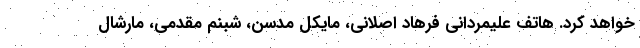
خواهد کرد. هاتف علیمردانی فرهاد اصلانی، مایکل مدسن، شبنم مقدمی، مارشال